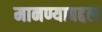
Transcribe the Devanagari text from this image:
मानण्याबद्दल